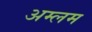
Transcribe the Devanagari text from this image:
अम्लम